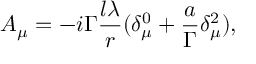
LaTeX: A _ { \mu } = - i \Gamma \frac { l \lambda } r ( \delta _ { \mu } ^ { 0 } + \frac a \Gamma \delta _ { \mu } ^ { 2 } ) ,